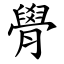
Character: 䑁